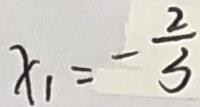
x _ { 1 } = - \frac { 2 } { 3 }